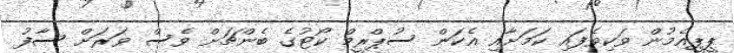
ޕީޕީއެމުން ވަކިވެފައި ކަމަށާއި އެކަން ސުޕްރީމް ކޯޓުގެ ބެންޗަށް ވެސް ވަރަށް ސާފު